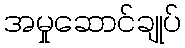
အမှုဆောင်ချုပ်